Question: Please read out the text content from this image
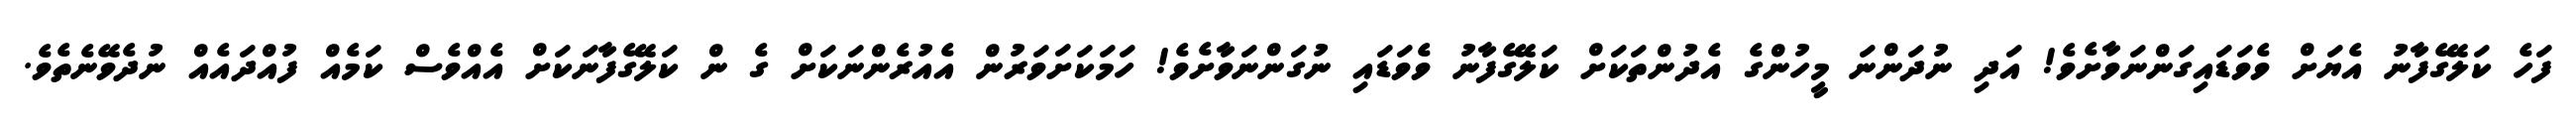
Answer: ފަހެ ކަލޭގެފާނު އެޔަށް ވެވަޑައިގަންނަވާށެވެ! އަދި ނުދަންނަ މީހުންގެ އެދުންތަކަށް ކަލޭގެފާނު ވެވަޑައި ނުގަންނަވާށެވެ! ހަމަކަށަވަރުން އެއުރެންނަކަށް ގެ ން ކަލޭގެފާނަކަށް އެއްވެސް ކަމެއް ފުއްދައެއް ނުދެވޭނެތެވެ.